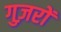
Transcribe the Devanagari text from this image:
गुज़रों